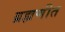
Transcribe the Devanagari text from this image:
ब्रह्मणीत